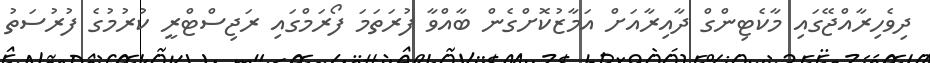
ދިވެހިރާއްޖޭގައި މާކެޓިންގް ދާއިރާއަށް އަމާޒުކޮށްގެން ބާއްވާ ފުރަތަމަ ފޯރަމްގައި ރަޖިސްޓްރީ ކުރުމުގެ ފުރުސަތު